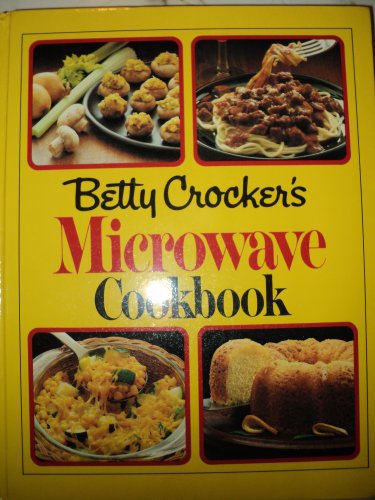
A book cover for Betty Crocker's Microwave Cookbook; Unknown; Cookbooks, Food & Wine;